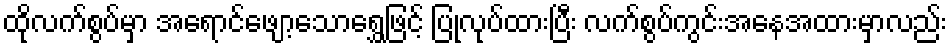
ထိုလက်စွပ်မှာ အရောင်ဖျော့သောရွှေဖြင့် ပြုလုပ်ထားပြီး လက်စွပ်ကွင်းအနေအထားမှာလည်း